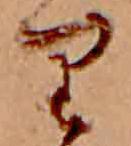
り